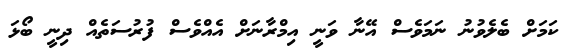
ކަމަށް ބެލެވުނު ނަމަވެސް އޭނާ ވަނީ އިމްރާނަށް އެއްވެސް ފުރުސަތެއް ދިނީ ބޯޅަ